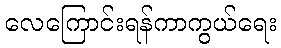
လေကြောင်းရန်ကာကွယ်ရေး